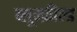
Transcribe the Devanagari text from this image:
ब्लूम्फ़ील्ड